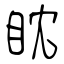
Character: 眈